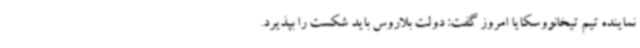
نماینده تیم تیخانووسکایا امروز گفت: دولت بلاروس باید شکست را بپذیرد.